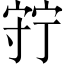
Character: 𡨹